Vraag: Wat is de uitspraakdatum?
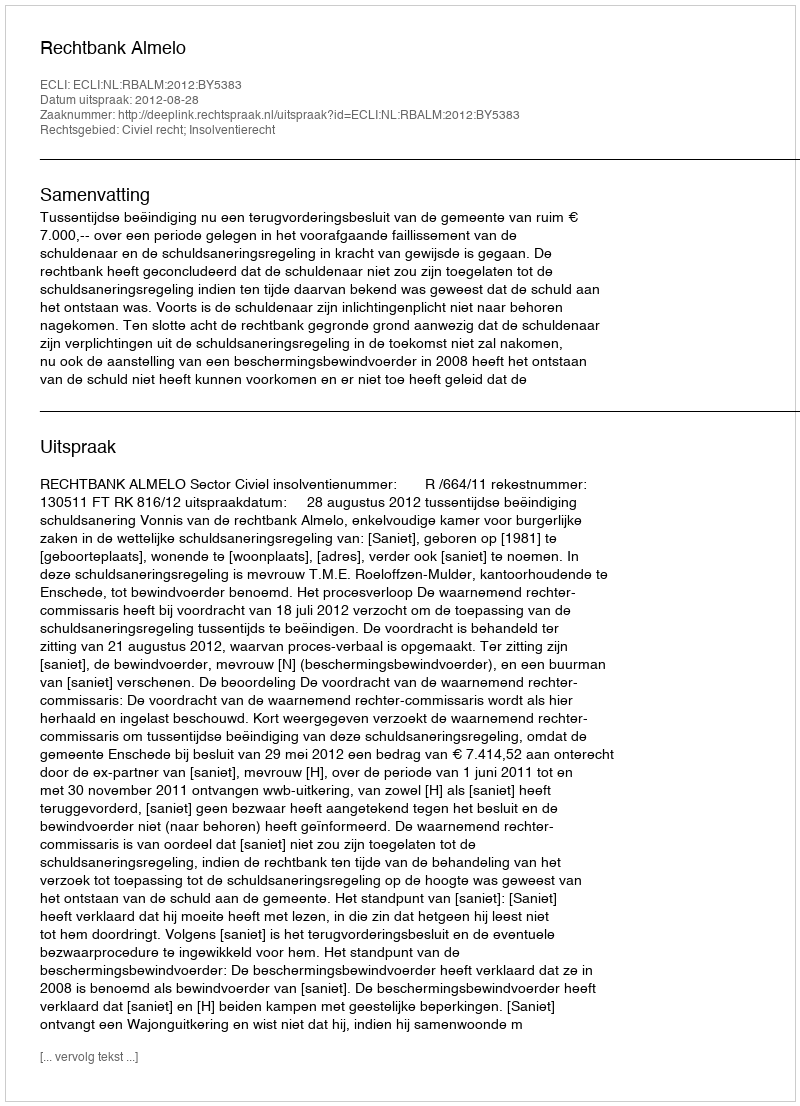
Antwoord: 2012-08-28